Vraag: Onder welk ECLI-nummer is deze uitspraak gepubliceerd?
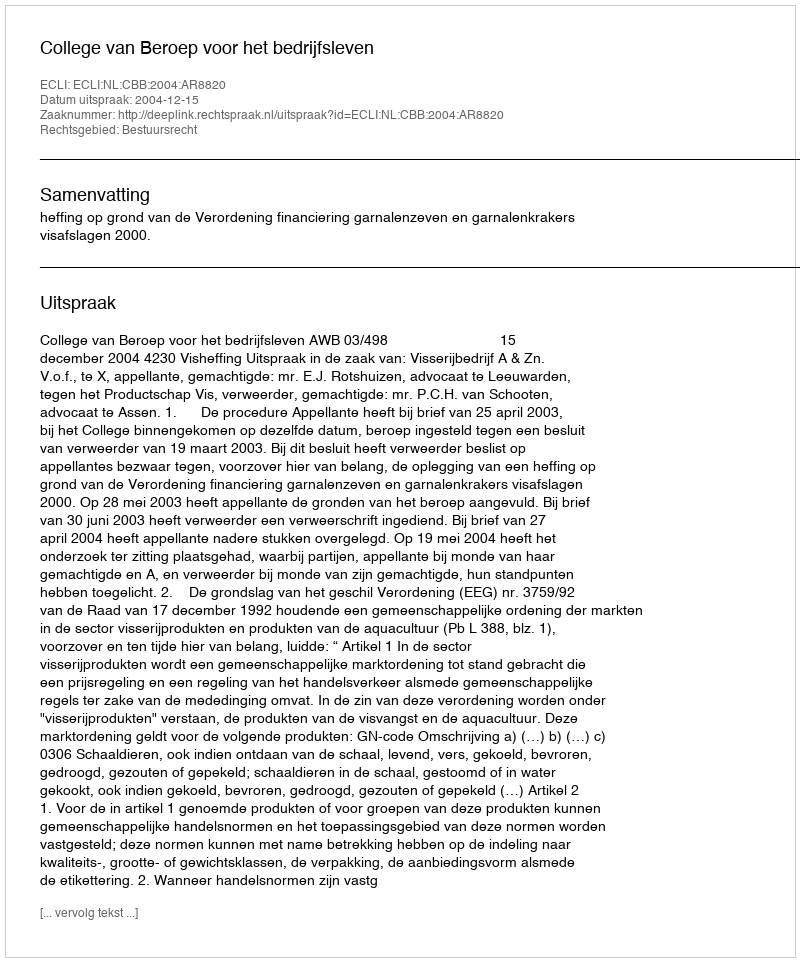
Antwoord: ECLI:NL:CBB:2004:AR8820